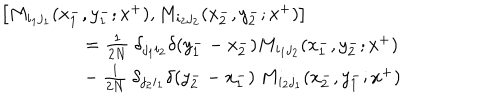
\begin{array} { l } { { \left[ M _ { i _ { 1 } j _ { 1 } } ( x _ { 1 } ^ { - } , y _ { 1 } ^ { - } ; x ^ { + } ) , M _ { i _ { 2 } j _ { 2 } } ( x _ { 2 } ^ { - } , y _ { 2 } ^ { - } ; x ^ { + } ) \right] } } \\ { { { } ~ ~ = { \frac { 1 } { 2 N } } ~ \delta _ { j _ { 1 } i _ { 2 } } \delta ( y _ { 1 } ^ { - } - x _ { 2 } ^ { - } ) M _ { i _ { 1 } j _ { 2 } } ( x _ { 1 } ^ { - } , y _ { 2 } ^ { - } ; x ^ { + } ) } } \\ { { { } ~ ~ - { \frac { 1 } { 2 N } } ~ \delta _ { j _ { 2 } i _ { 1 } } \delta ( y _ { 2 } ^ { - } - x _ { 1 } ^ { - } ) ~ M _ { i _ { 2 } j _ { 1 } } ( x _ { 2 } ^ { - } , y _ { 1 } ^ { - } ; x ^ { + } ) } } \\ \end{array}